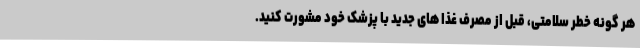
هر گونه خطر سلامتی، قبل از مصرف غذا های جدید با پزشک خود مشورت کنید.